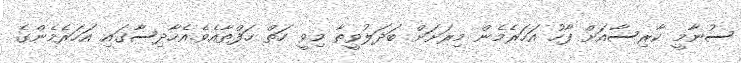
ސުނާމީ ކާރިސާއަށް ފާހު އަހަރެމެން މިރަށަށް ބަދަލުވީތާ މިވީ ހަތް ހަފްތާއެވެ.އެހާދިސާގައި އަހަރެމެންގެ